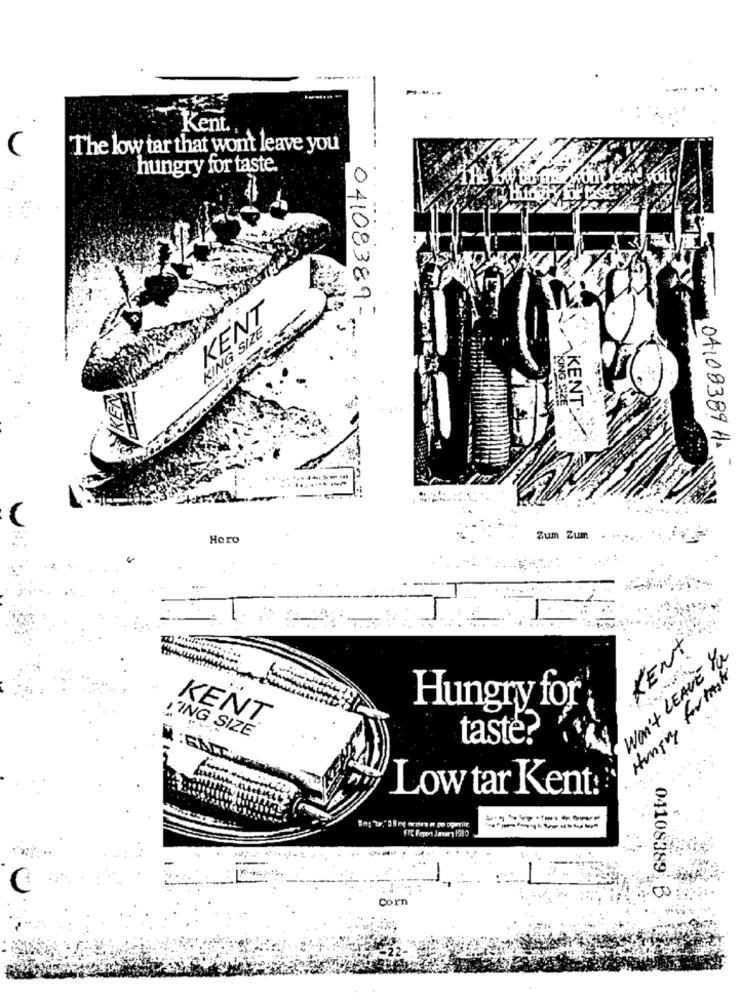
Kent.
The low tar that won't leave you
hungry for taste.
KENT
04108387
KING SIZE
KING SIZE
KENT.
04108389 H.
-
Hero
Zum Zum . ...
KENT
Won't LEAVE In
Hungry fortaste
Hungry for
KENT
IING SIZE
taste?
: GALT
Low tar Kent:
FrC Fepont Jawty 1990
04108389 B
Cor